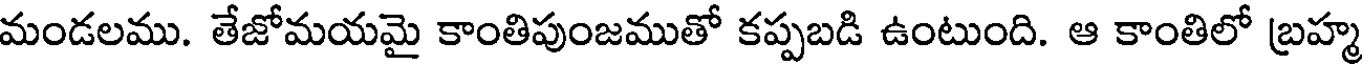
మండలము. తేజోమయమై కాంతిపుంజముతో కప్పబడి ఉంటుంది. ఆ కాంతిలో బ్రహ్మ